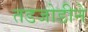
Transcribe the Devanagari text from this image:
तडजोडीने